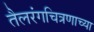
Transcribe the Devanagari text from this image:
तैलरंगचित्रणाच्या